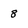
Character: 8